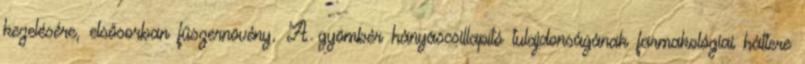
kezelésére, elsősorban fűszernövény. A gyömbér hányáscsillapító tulajdonságának farmakológiai háttere